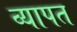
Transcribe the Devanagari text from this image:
व्‍यापत